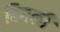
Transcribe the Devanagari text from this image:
बिगली